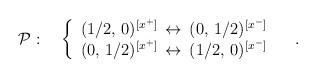
LaTeX: \begin{align*}{\cal P}:\quad\left\{\begin{array}{l}(1/2,\,0)^{[x^+]}\,\leftrightarrow \,(0,\,1/2)^{[x^-]}\\(0,\,1/2)^{[x^+]}\,\leftrightarrow \,(1/2,\,0)^{[x^-]}\end{array}\right.\quad.\end{align*}